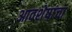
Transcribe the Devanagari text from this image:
आवशेषांचा